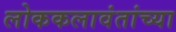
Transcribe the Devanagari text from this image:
लोककलावंतांच्या